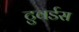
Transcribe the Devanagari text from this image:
टुवर्डस